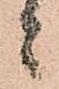
ニ